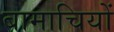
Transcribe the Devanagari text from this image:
बामाचियों